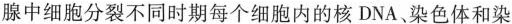
腺中细胞分裂不同时期每个细胞内的核DNA。染色体和染